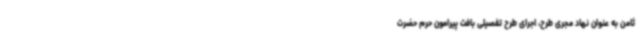
ثامن به عنوان نهاد مجری طرح، اجرای طرح تفصیلی بافت پیرامون حرم حضرت